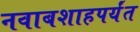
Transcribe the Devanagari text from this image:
नवाबशाहपर्यंत